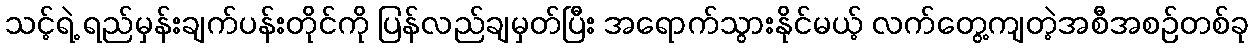
သင့်ရဲ့ ရည်မှန်းချက်ပန်းတိုင်ကို ပြန်လည်ချမှတ်ပြီး အရောက်သွားနိုင်မယ့် လက်တွေ့ကျတဲ့အစီအစဉ်တစ်ခု